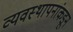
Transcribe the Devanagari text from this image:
व्यवस्थापनांकडून